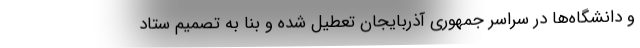
و دانشگاه‌ها در سراسر جمهوری آذربایجان تعطیل شده و بنا به تصمیم ستاد